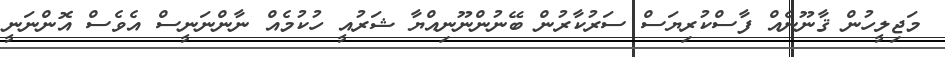
މަޖިލީހުން ޤާނޫނެއް ފާސްކުރިޔަސް ސަރުކާރުން ބޭނުންނޫނިއްޔާ ޝަރުއީ ހުކުމެއް ނާންނަނީސް އެވެސް އޮންނަނީ